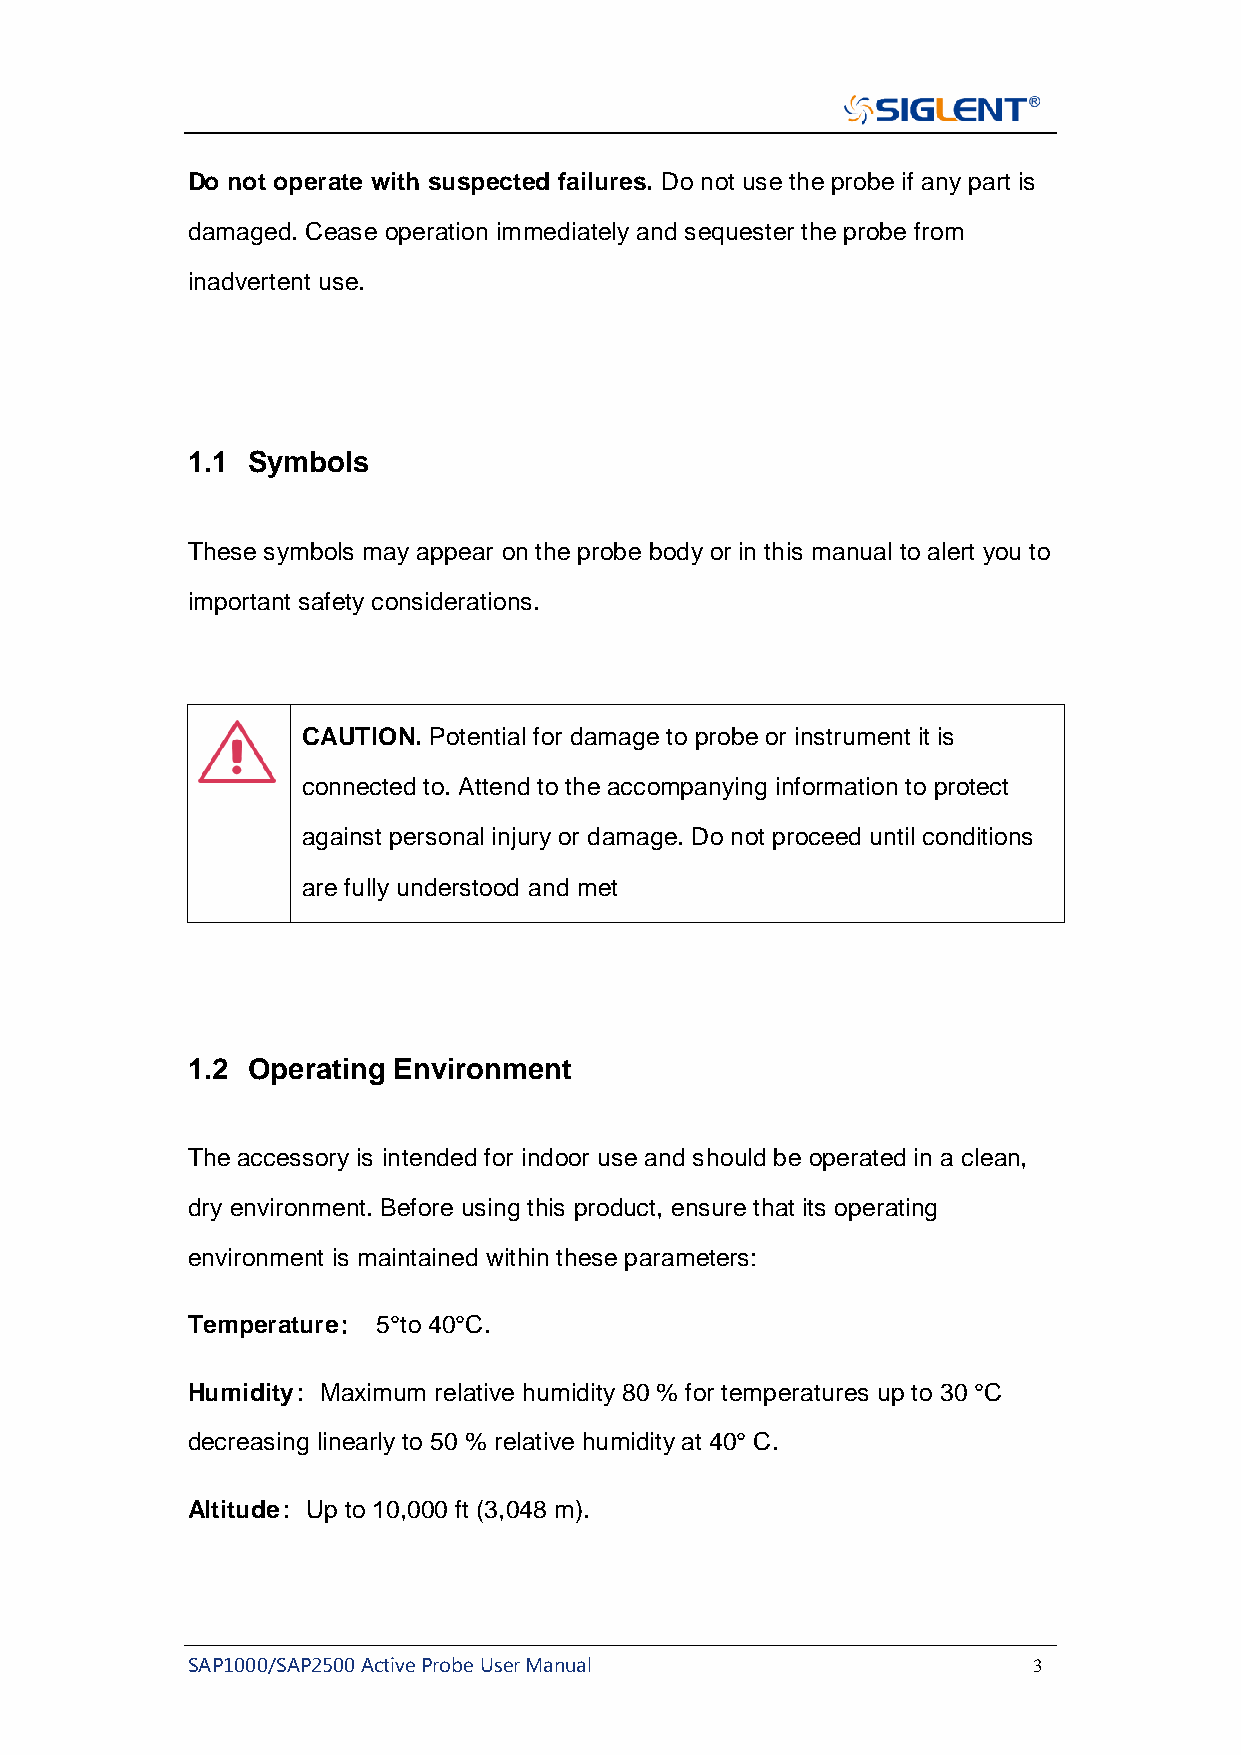
Do not operate with suspected failures. Do not use the probe if any part is
 damaged. Cease operation immediately and sequester the probe from
 inadvertent use.
 1.1 Symbols
 These symbols may appear on the probe body or in this manual to alert you to
 important safety considerations.
 CAUTION. Potential for damage to probe or instrument it is
 connected to. Attend to the accompanying information to protect
 against personal injury or damage. Do not proceed until conditions
 are fully understood and met
 1.2 Operating Environment
 The accessory is intended for indoor use and should be operated in a clean,
 dry environment. Before using this product, ensure that its operating
 environment is maintained within these parameters:
 Temperature： 5°to 40°C .
 Humidity：Maximum relative humidity 80 % for temperatures up to 30 °C
 decreasing linearly to 50 % relative humidity at 40° C.
 Altitude：Up to 10,000 ft (3,048 m).
 SAP1000/SAP2500 Active Probe User Manual                3